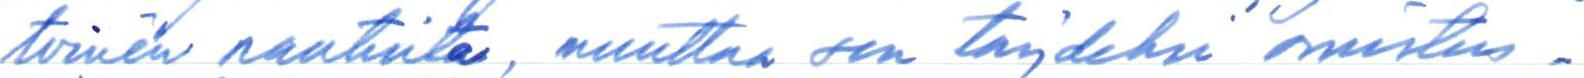
toinen nautinto, muuttaa sen täydeksi omistus-